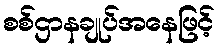
စစ်ဌာနချုပ်အနေဖြင့်